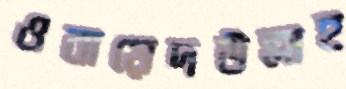
ওবায়েদউল্লাহ